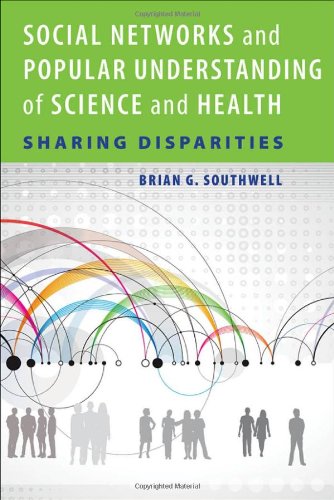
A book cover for Social Networks and Popular Understanding of Science and Health: Sharing Disparities; Brian G. Southwell; Medical Books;